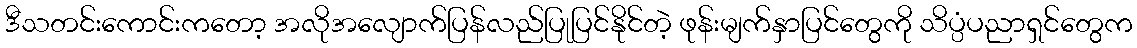
ဒီသတင်းကောင်းကတော့ အလိုအလျောက်ပြန်လည်ပြုပြင်နိုင်တဲ့ ဖုန်းမျက်နှာပြင်တွေကို သိပ္ပံပညာရှင်တွေက